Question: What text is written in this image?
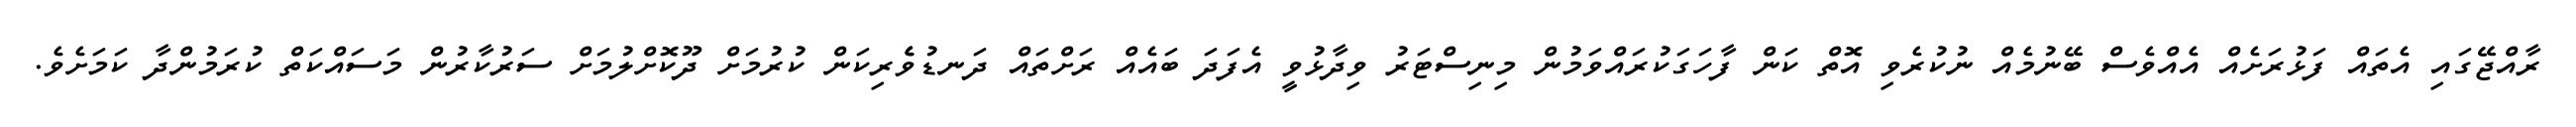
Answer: ރާއްޖޭގައި އެތައް ފަޅުރަށެއް އެއްވެސް ބޭނުމެއް ނުކުރެވި އޮތް ކަން ފާހަގަކުރައްވަމުން މިނިސްޓަރު ވިދާޅުވީ އެފަދަ ބައެއް ރަށްތައް ދަނޑުވެެރިކަން ކުރުމަށް ދޫކޮށްލުމަށް ސަރުކާރުން މަސައްކަތް ކުރަމުންދާ ކަމަށެވެ.